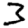
Digit: 3